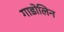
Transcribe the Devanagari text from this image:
गाडोलिन